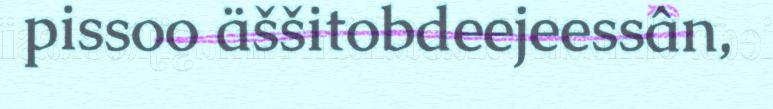
pissoo äššitobdeejeessân,